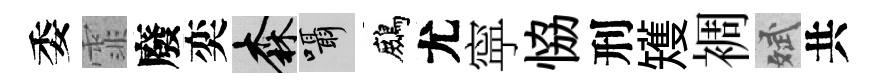
委霏廢奕森囁鷓尤寜恊刑矱裯斌共